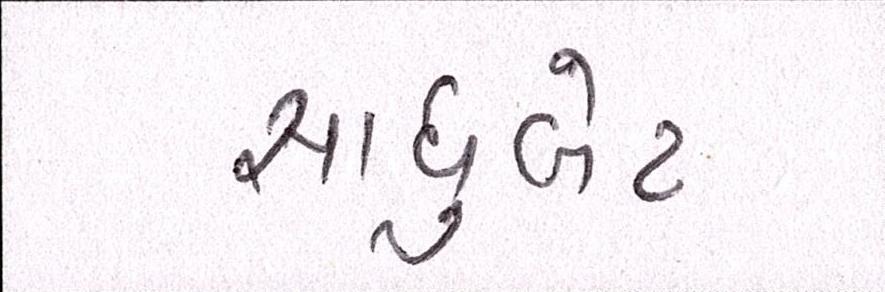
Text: સાધુબેટ